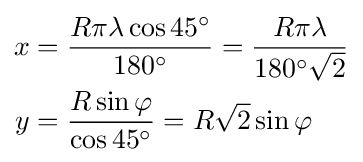
{\begin{aligned}x&={\frac {R\pi \lambda \cos 45^{\circ }}{180^{\circ }}}={\frac {R\pi \lambda }{180^{\circ }{\sqrt {2}}}}\\y&={\frac {R\sin \varphi }{\cos 45^{\circ }}}=R{\sqrt {2}}\sin \varphi \end{aligned}}